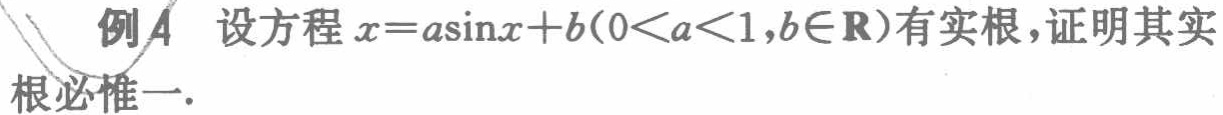
例4 设方程\(x = a\sin x + b(0 < a < 1,b\in\mathbf{R})\)有实根，证明其实根必惟一.